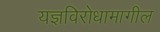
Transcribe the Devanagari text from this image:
यज्ञविरोधामागील